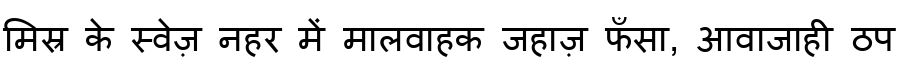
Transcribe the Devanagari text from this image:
मिस्र के स्वेज़ नहर में मालवाहक जहाज़ फँसा, आवाजाही ठप